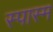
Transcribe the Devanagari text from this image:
स्पास्म